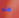
مند